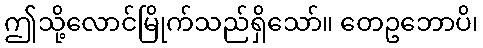
ဤသို့လောင်မြိုက်သည်ရှိသော်။ တေဥဘောပိ၊